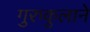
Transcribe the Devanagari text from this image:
गुरुकुलाने